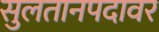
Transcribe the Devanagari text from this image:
सुलतानपदावर